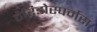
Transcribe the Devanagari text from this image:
टेरिडोस्पर्मस